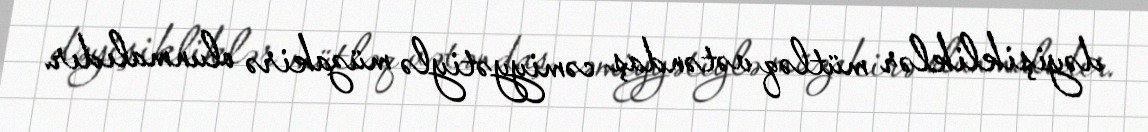
dəyişikliklər mütləq vətəndaş cəmiyyətiylə müzakirə olunmalıdır.